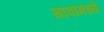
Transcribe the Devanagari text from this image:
सावामध्ये